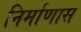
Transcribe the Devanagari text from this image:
निर्माणास